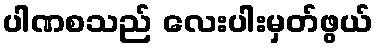
ပါဏစသည် လေးပါးမှတ်ဖွယ်